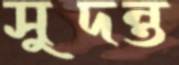
সুদন্ত